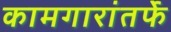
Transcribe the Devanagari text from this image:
कामगारांतर्फे